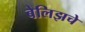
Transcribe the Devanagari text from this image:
बेलिझचे